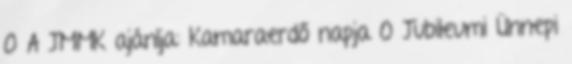
0 A JMMK ajánlja: Kamaraerdő napja 0 Jubileumi Ünnepi